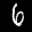
Label: 6